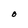
Character: O